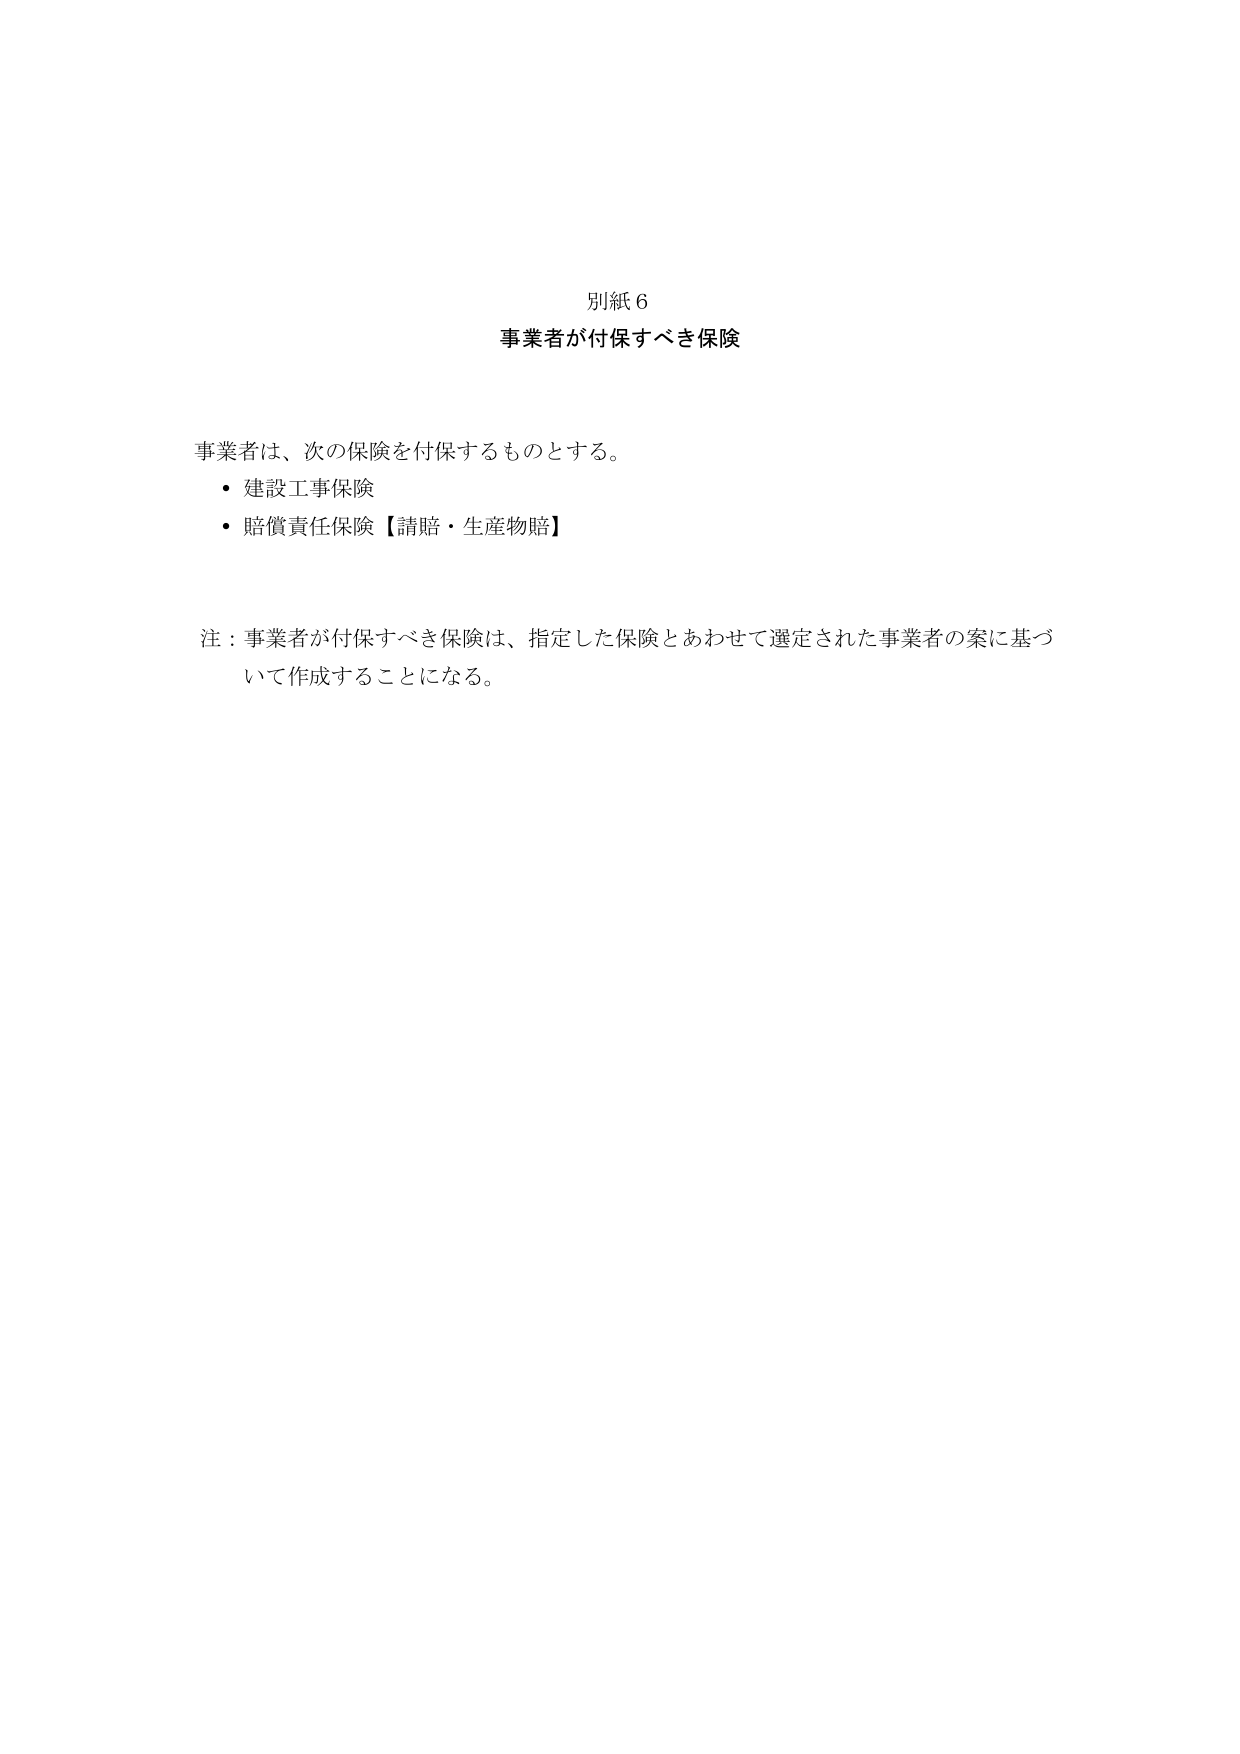
別紙６
事業者が付保すべき保険

事業者は、次の保険を付保するものとする。
・建設工事保険
・賠償責任保険【請賠・生産物賠】

注：事業者が付保すべき保険は、指定した保険とあわせて選定された事業者の案に基づいて作成することになる。